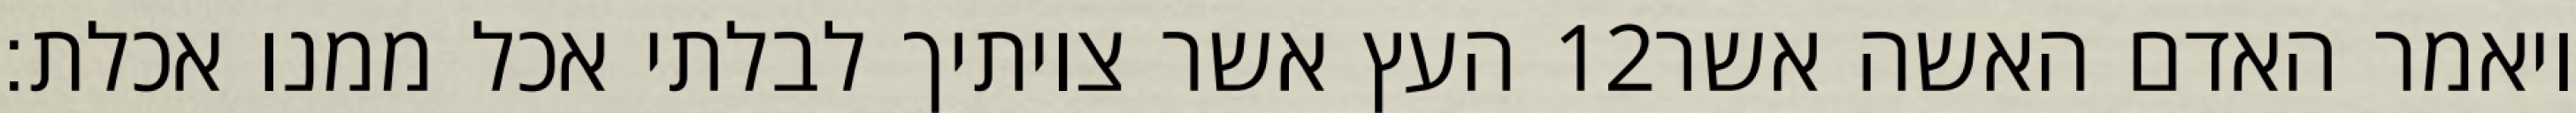
העץ אשר צויתיך לבלתי אכל ממנו אכלת׃ ‎12‏ ויאמר האדם האשה אשר